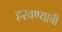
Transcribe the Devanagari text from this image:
हरवण्याची